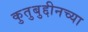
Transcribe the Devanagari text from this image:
कुतुबुद्दीनच्या